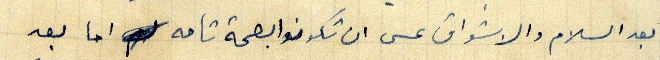
بعد السلام والاشواق عسى ان تكونوا بصحة تامه اما بعد